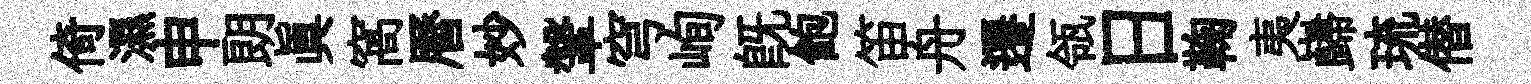
倚濕申朗真窩曆妙鞶穹峋既飽笛舟遷瓴日鞠夷巋琉僣